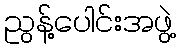
ညွန့်ပေါင်းအဖွဲ့